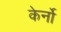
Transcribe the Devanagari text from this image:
केर्नो